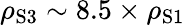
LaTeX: \rho_{\mathrm{S3}}\sim 8.5\times\rho_{\mathrm{S1}}